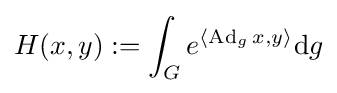
H(x,y):=\int _{G}e^{\langle \operatorname {Ad} _{g}x,y\rangle }\mathrm {d} g